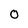
Character: 0